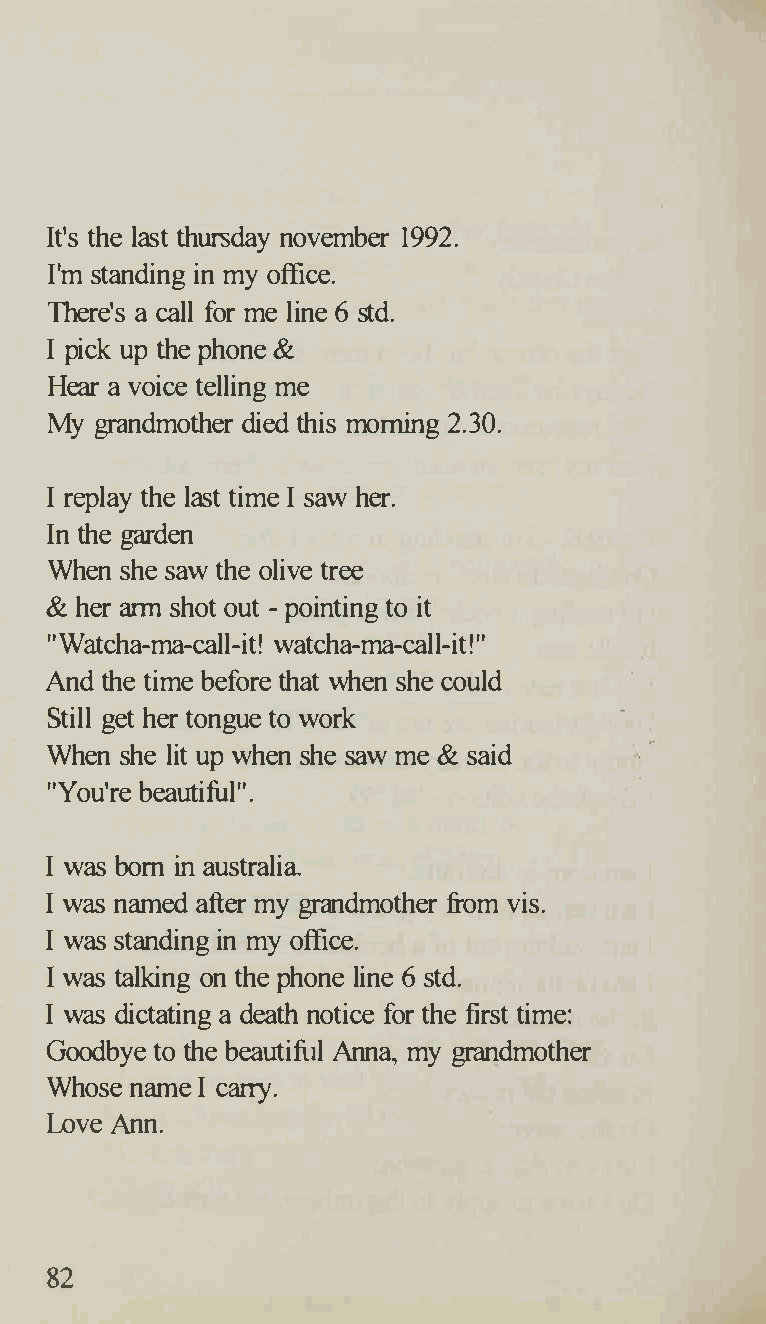
It's the last thursday november 1992.
 I'm standing in my office.
 6
 There's a call for me line std.
 I pick up the phone &
 Hear a voice telling me
 My grandmother died this morning 2.30.
 I replay the last time I saw her.
 In the garden
 When she saw the olive tree
 & her arm shot out - pointing to it
 "Watcha-ma-call-it! watcha-ma-call-it!"
 And the time before that when she could
 Still get her tongue to work
 When she lit up when she saw me & said
 "You're beautiful".
 I was born in australia
 I was named after my grandmother from vis.
 I was standing in my office.
 I                       6
 was talking on the phone line std.
 I was dictating a death notice for the frrst time:
 Goodbye to the beautiful Anna, my grandmother
 Whose name I carry.
 Love Ann.
 82